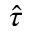
\hat { \tau }